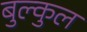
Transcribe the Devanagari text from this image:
बुल्कुल